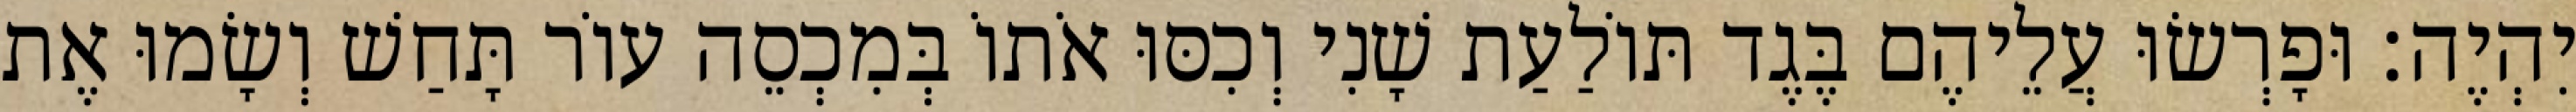
יִהְיֶה׃ וּפָרְשׂוּ עֲלֵיהֶם בֶּגֶד תּוֹלַעַת שָׁנִי וְכִסּוּ אֹתוֹ בְּמִכְסֵה עוֹר תָּחַשׁ וְשָׂמוּ אֶת